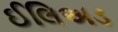
ઈલિઅડ